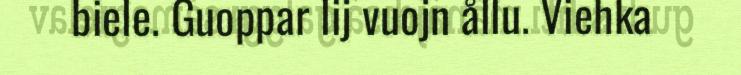
biele. Guoppar lij vuojn ållu. Viehka